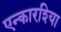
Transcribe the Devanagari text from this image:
एन्कारश्यिा